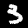
Label: 3